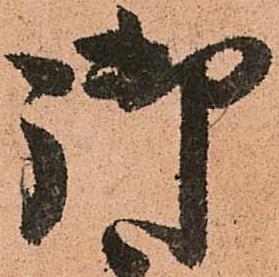
御